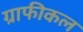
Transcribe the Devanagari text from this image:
ग्राफीकल